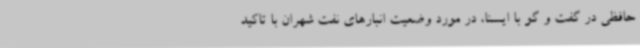
حافظی در گفت و گو با ایسنا، در مورد وضعیت انبارهای نفت شهران با تاکید